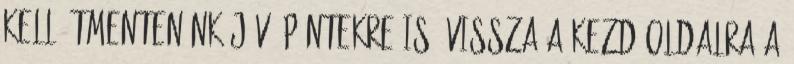
kell átmentenünk jövő péntekre is. VISSZA A KEZDŐOLDALRA A